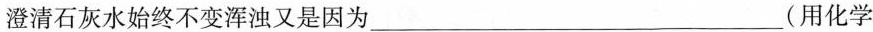
澄清石灰水始终不变浑浊又是因为___(用化学